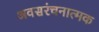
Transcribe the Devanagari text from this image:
अवसरंचनात्मक